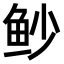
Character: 𫚌